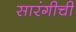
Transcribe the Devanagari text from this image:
सारंगीची